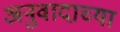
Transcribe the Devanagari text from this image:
अनुवादाच्‍या